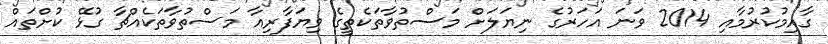
ގާއިމުކުރުމާއި 2014 ވަނަ އަހަރުގެ ނިޔަލަށް މަސްތުވާތަކެތީގެ ވިޔަފާރިއާ މަސްތުވާތަކެއްޗާ ގުޅޭ ކުށްތައް